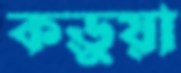
কড়ুয়া